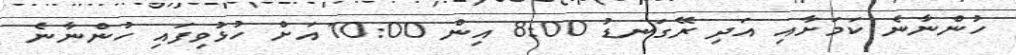
ހުންނާނެ ކަމަށާއި އަދި ރޭގަނޑު 8:00 އިން 10:00 އަށް ހުޅުވިފައި ހުންނާނެ